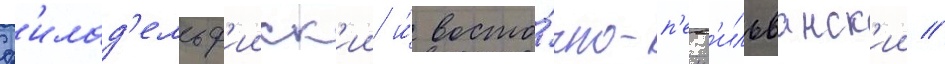
ф'илад'ельф'ииск'ии и́ восто́чно-п'енс'ильванск'ии //